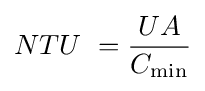
NTU\ ={\frac {UA}{C_{\mathrm {min} }}}